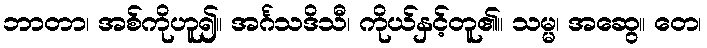
ဘာတာ၊ အစ်ကိုဟူ၍။ အင်္ဂသဒိသီ၊ ကိုယ်နှင့်တူ၏။ သမ္မ၊ အဆွေ။ တေ၊